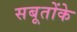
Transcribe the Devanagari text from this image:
सबूतोंके